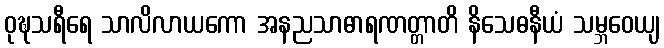
ဝုဍ္ဎသရီရေ သာလိလာယကော အနညသာဓာရဏတ္တာတိ နိသေဓနီယံ သမ္ဘဝေယျ